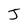
Character: J